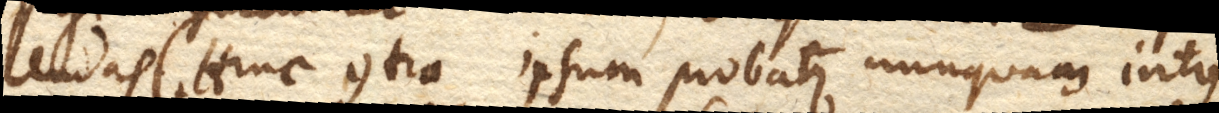
lendas. (+ Hinc contra ipsum probatur nunquam intus